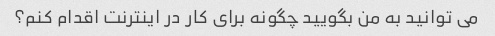
می توانید به من بگویید چگونه برای کار در اینترنت اقدام کنم؟